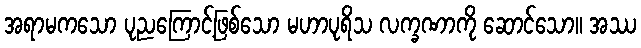
အရာမကသော ပုညကြောင့်ဖြစ်သော မဟာပုရိသ လက္ခဏာကို ဆောင်သော။ အဿ